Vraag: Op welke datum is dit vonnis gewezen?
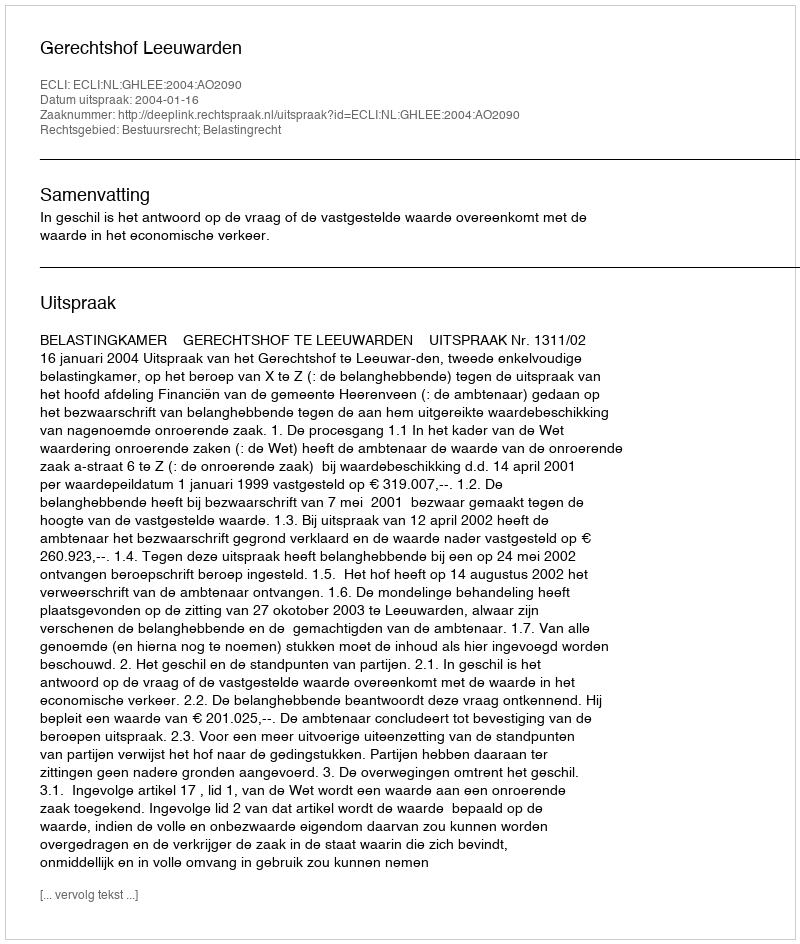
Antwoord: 2004-01-16